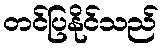
တင်ပြနိုင်သည်